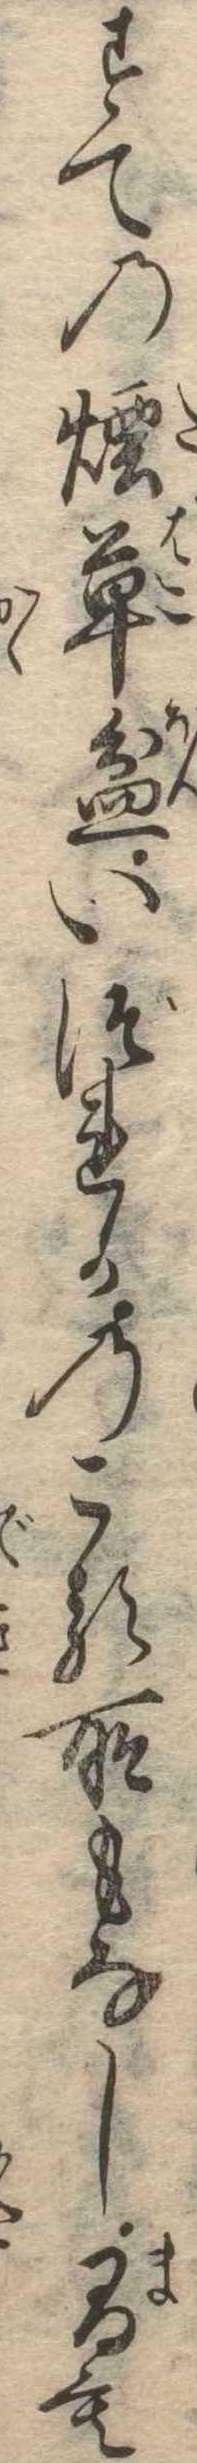
すての煙草盆いづれかのこる所もなし間も